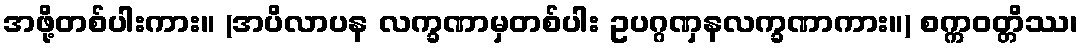
အဖို့တစ်ပါးကား။ (အပိလာပန လက္ခဏာမှတစ်ပါး ဥပဂ္ဂဏှနလက္ခဏာကား။) စက္ကဝတ္တိဿ၊